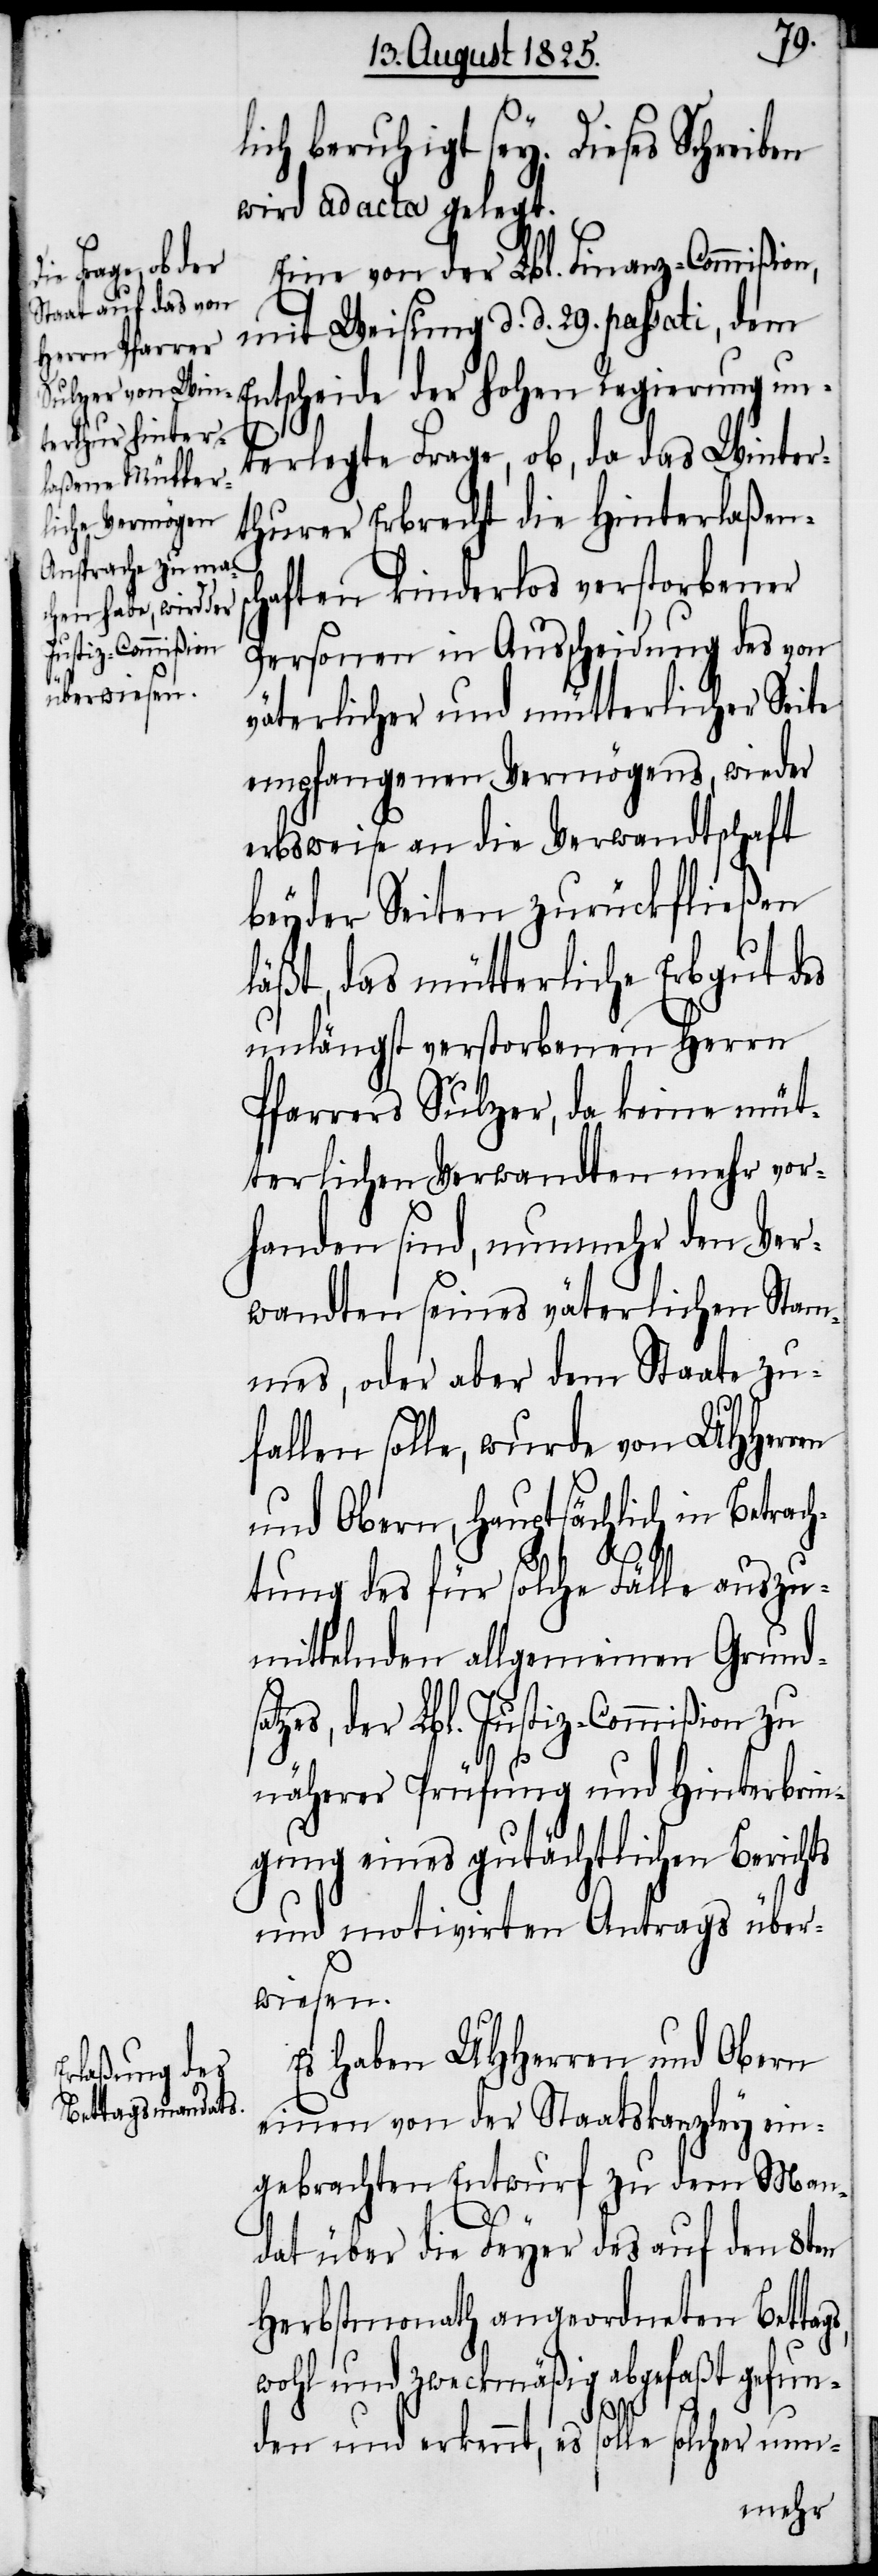
ich beruhigt sey. Dieses Schreiben
wird ad acta gelegt.
Eine von der Lbl. Finanz-Commißion,
mit Weisung d. d. 29. passati, dem
Entscheide der hohen Regierung un¬
terlegte Frage, ob, da das Winter¬
thurer Erbrecht die Hinterlaßens¬
chaften kinderlos verstorbener
Personen in Ausscheidung des von
väterlicher und mütterlicher Seite
empfangenen Vermögens, wieder
erbsweise an die Verwandtschaft
beyder Seiten zurückfließen
läßt, das mütterliche Erbgut des
unlängst verstorbenen Herrn
Pfarrers Sulzer, da keine müt¬
terlichen Verwandten mehr vor¬
handen sind, nunmehr den Ver¬
wandten seines väterlichen Stan¬
des, oder aber dem Staate zu¬
fallen solle, wurde von UHherren
und Obern, hauptsächlich in Betrac¬
htung des für solche Fälle auszu¬
mittelnden allgemeinen Grunds¬
atzes, der Lbl. Justiz-Commißion zu
näherer Prüfung und Hinterbrin¬
gung eines gutächtlichen Berichts
und motivirten Antrags über¬
wiesen.
Es haben UHHerren und Obern
einen von der Staatskanzley ein¬
gebrachten Entwurf zu dem Man¬
dat über die Feyer des auf den 8ten
Herbstmonath angeordneten Bettag¬
wohl und zweckmäßig abgefaßt gefun¬
s,
den und erkennt, es solle solcher nun-